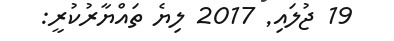
19 ޖުލައި